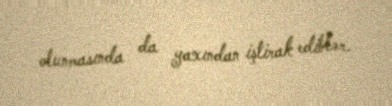
olunmasında da yaxından iştirak ediblər.